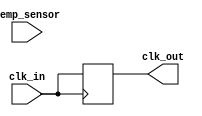
module TempCompClockBuffer (
    input wire clk_in,            // Input clock signal
    input wire [7:0] temp_sensor, // 8-bit temperature sensor input
    output reg clk_out            // Output buffered clock signal
);

    // Parameters (to be adjusted based on actual design)
    parameter DELAY_RANGE = 10;   // Delay range for compensation
    parameter TEMP_MIN = 8'h00;    // Minimum temperature value
    parameter TEMP_MAX = 8'hFF;    // Maximum temperature value
    parameter TEMP_STEP = (TEMP_MAX - TEMP_MIN) / DELAY_RANGE; // Step size

    // Delay control variable
    reg [3:0] delay_control;       // Control for delay lines (4-bit for example)
    reg [3:0] delay_adjusted;      // Adjusted delay based on temperature

    // Clock buffering logic
    always @(posedge clk_in) begin
        // Calculate delay adjustment based on temperature readings
        if (temp_sensor < TEMP_MIN) begin
            delay_control <= 0; // No adjustment for low temperature
        end else if (temp_sensor > TEMP_MAX) begin
            delay_control <= DELAY_RANGE; // Maximum adjustment for high temperature
        end else begin
            delay_control <= (temp_sensor - TEMP_MIN) / TEMP_STEP; // Linear adjustment
        end
        
        // Apply delay to the clock signal
        // This is a simplified representation of variable delay lines
        case (delay_control)
            0: clk_out <= clk_in;                  // No delay
            1: #1 clk_out <= clk_in;                // 1 time unit delay
            2: #2 clk_out <= clk_in;                // 2 time units delay
            3: #3 clk_out <= clk_in;                // 3 time units delay
            4: #4 clk_out <= clk_in;                // 4 time units delay
            5: #5 clk_out <= clk_in;                // 5 time units delay
            6: #6 clk_out <= clk_in;                // 6 time units delay
            7: #7 clk_out <= clk_in;                // 7 time units delay
            8: #8 clk_out <= clk_in;                // 8 time units delay
            9: #9 clk_out <= clk_in;                // 9 time units delay
            10: #10 clk_out <= clk_in;              // 10 time units delay
            default: clk_out <= clk_in;             // Default case
        endcase
    end

endmodule